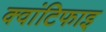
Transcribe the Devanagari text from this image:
क्वांटिफाइ